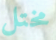
مختل